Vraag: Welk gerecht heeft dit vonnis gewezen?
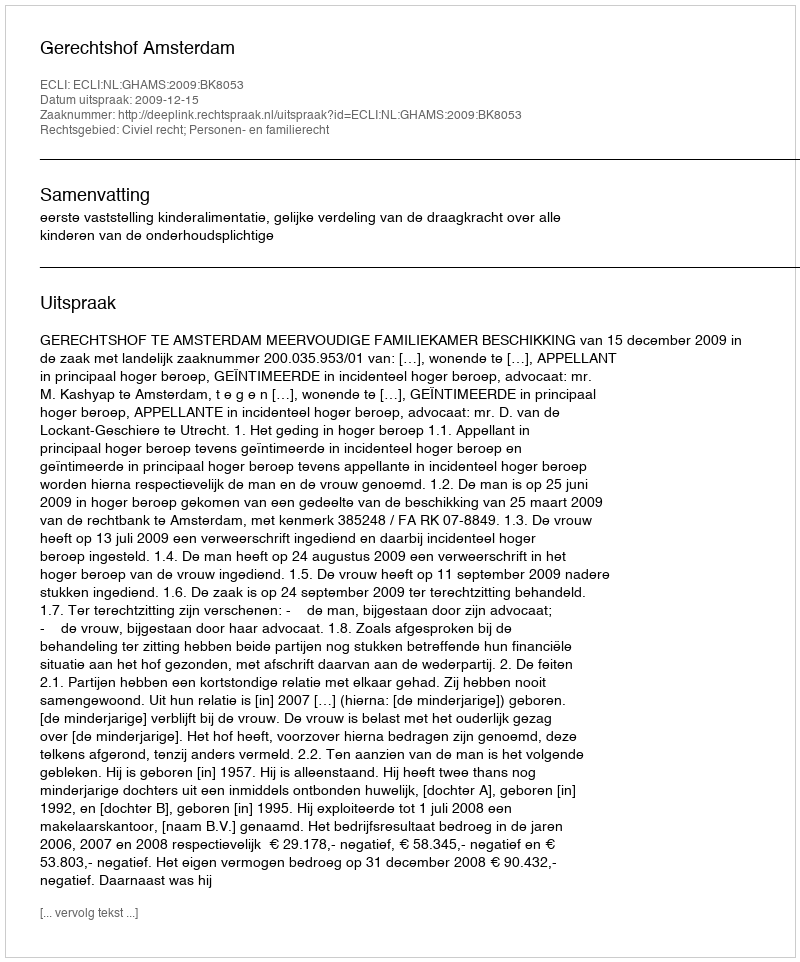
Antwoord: Gerechtshof Amsterdam